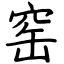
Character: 窑